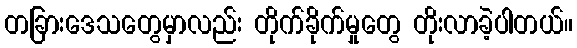
တခြားဒေသတွေမှာလည်း တိုက်ခိုက်မှုတွေ တိုးလာခဲ့ပါတယ်။